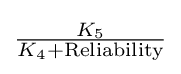
{\tfrac {K_{5}}{K_{4}+{\text{Reliability}}}}